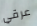
عرقي